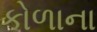
કોળાના